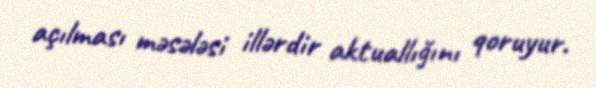
açılması məsələsi illərdir aktuallığını qoruyur.